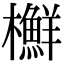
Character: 𣟲